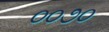
૦૦૭૦